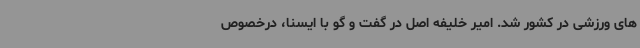
های ورزشی در کشور شد. امیر خلیفه اصل در گفت و گو با ایسنا، درخصوص